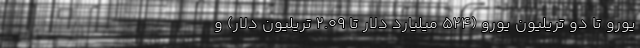
یورو تا دو تریلیون یورو (۵۲۴ میلیارد دلار تا ۲.۰۹ تریلیون دلار) و